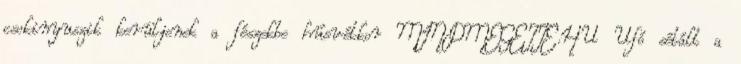
csokinyuszik kerüljenek a fészekbe húsvétkor MINDMEGETTE.HU Ufó sétált a